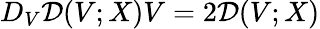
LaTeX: D_{V}\mathcal{D}(V;X)V=2\mathcal{D}(V;X)